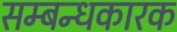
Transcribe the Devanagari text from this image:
सम्बन्धकारक